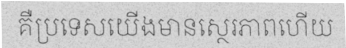
គឺប្រទេសយើងមានស្ថេរភាពហើយ